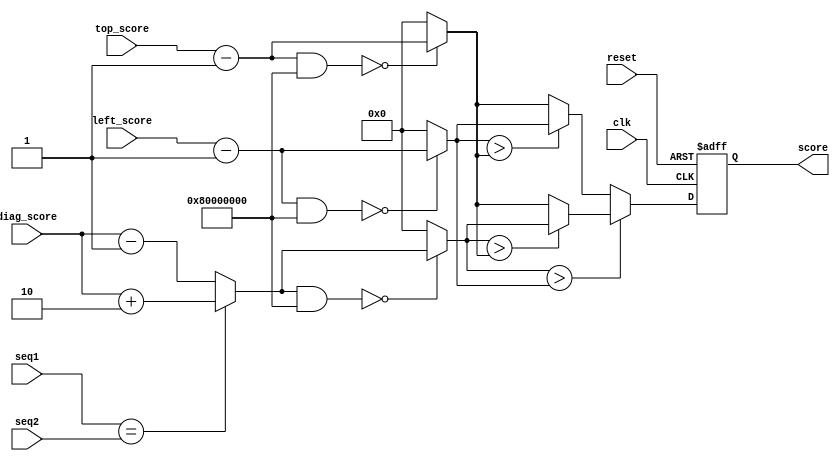
`timescale 1ns / 1ps
//////////////////////////////////////////////////////////////////////////////////
// Company: 
// Engineer: 
// 
// Design Name: 
// Module Name:    SW_PE_clk 
// Project Name: 
// Target Devices: 
// Tool versions: 
// Description: 
//
// Dependencies: 
//
// Revision: 
// Revision 0.01 - File Created
// Additional Comments: 
//
//////////////////////////////////////////////////////////////////////////////////
module SW_PE_clk(
	 input clk,
	 input reset,
	 input [2:0] seq1,
	 input [2:0] seq2,
    input [31:0] diag_score,
    input [31:0] left_score,
    input [31:0] top_score,
    output reg[31:0] score
    );
	
	parameter match_score = 2;
	parameter mismatch_score = 1;
	parameter gap_penalty = 1;
	
	wire [31:0] score1,score2,score3,score_wire;
	wire [31:0] stemp1,stemp2,stemp3;

	assign stemp1 = ((seq1==seq2)?(diag_score+match_score):(diag_score-mismatch_score))&32'b10000000000000000000000000000000;
	assign stemp2 = (left_score-gap_penalty)&32'b10000000000000000000000000000000;
	assign stemp3 = (top_score-gap_penalty)&32'b10000000000000000000000000000000;
	
	assign score1 = (stemp1==8'd0)?((seq1==seq2)?(diag_score+match_score):(diag_score-mismatch_score)):32'd0;
	assign score2 = (stemp2==8'd0)?(left_score-gap_penalty):32'd0;
	assign score3 = (stemp3==8'd0)?(top_score-gap_penalty):32'd0;

	assign score_wire = ((score1>score2)?((score1>score3)?score1:score3):((score2>score3)?score2:score3));
	
	always @(posedge clk or posedge reset) begin
		if (reset) begin
			score <= 32'd0;
		end
		else
			score <= score_wire;
	end
	
endmodule